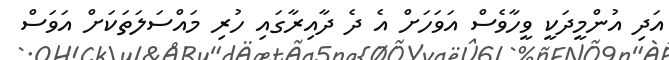
އަދި އުންމީދަކީ ވީހާވެސް އަވަހަށް އެ ދެ ދާއިރާގައި ހުރި މައްސަލަތަކަށް އަވަސް